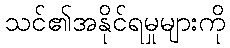
သင်၏အနိုင်ရမှုများကို